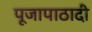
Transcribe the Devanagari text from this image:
पूजापाठादी